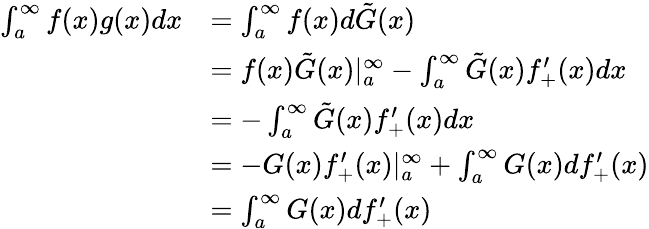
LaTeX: \begin{array}{rl}{\int_{a}^{\infty}f(x)g(x)dx}&{=\int_{a}^{\infty}f(x)d\tilde{G}(x)}\\ &{=f(x)\tilde{G}(x)|_{a}^{\infty}-\int_{a}^{\infty}\tilde{G}(x)f_{+}^{\prime}(x)dx}\\ &{=-\int_{a}^{\infty}\tilde{G}(x)f_{+}^{\prime}(x)dx}\\ &{=-G(x)f_{+}^{\prime}(x)|_{a}^{\infty}+\int_{a}^{\infty}G(x)df_{+}^{\prime}(x)}\\ &{=\int_{a}^{\infty}G(x)df_{+}^{\prime}(x)}\end{array}